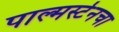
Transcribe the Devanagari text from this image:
पाल्मर्स्टनचा